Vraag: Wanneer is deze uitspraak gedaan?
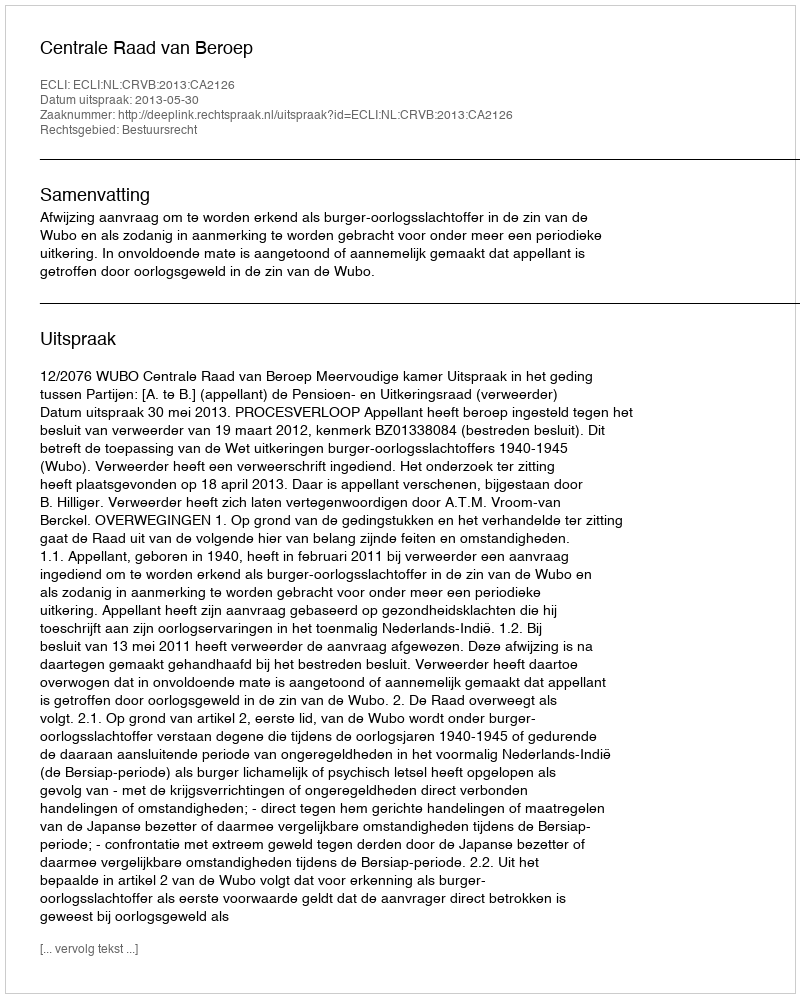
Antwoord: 2013-05-30